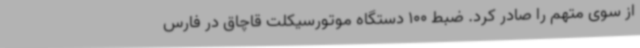
از سوی متهم را صادر کرد. ضبط 100 دستگاه موتورسیکلت قاچاق در فارس